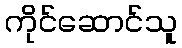
ကိုင်ဆောင်သူ